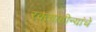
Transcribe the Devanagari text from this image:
रक्त्वाहीन्यांचे